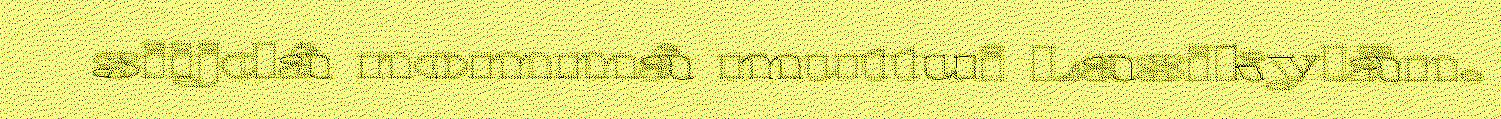
siijdâ nommâ muttui Lasikylän.